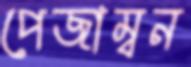
পেজাম্বন